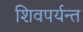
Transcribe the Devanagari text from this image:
शिवपर्यन्त